Problem: 4 × 7 = ?
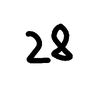
Handwritten answer: 28